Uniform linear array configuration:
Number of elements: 64
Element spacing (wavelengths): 0.75
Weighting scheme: exponential
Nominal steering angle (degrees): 60
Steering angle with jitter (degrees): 59.758
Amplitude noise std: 0.05
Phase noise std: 0.05

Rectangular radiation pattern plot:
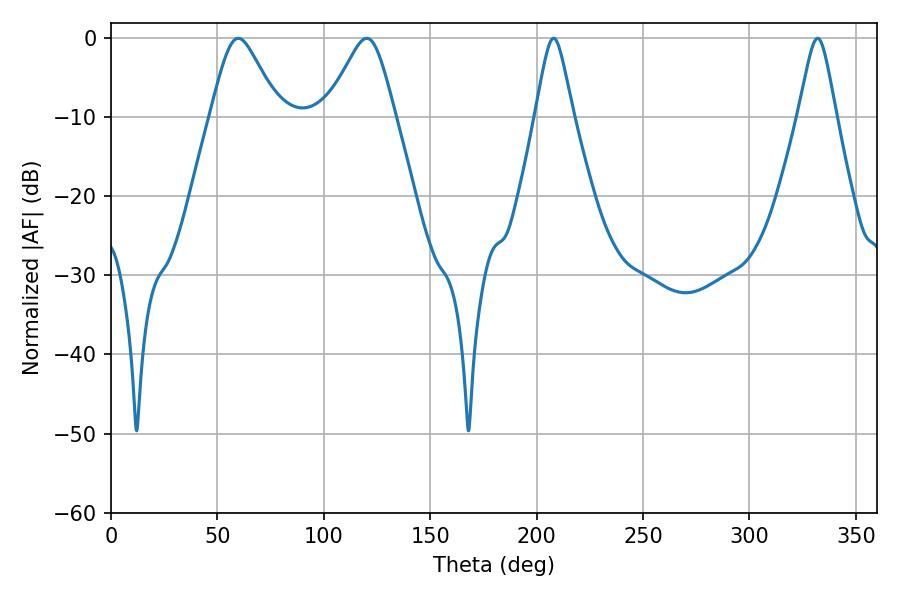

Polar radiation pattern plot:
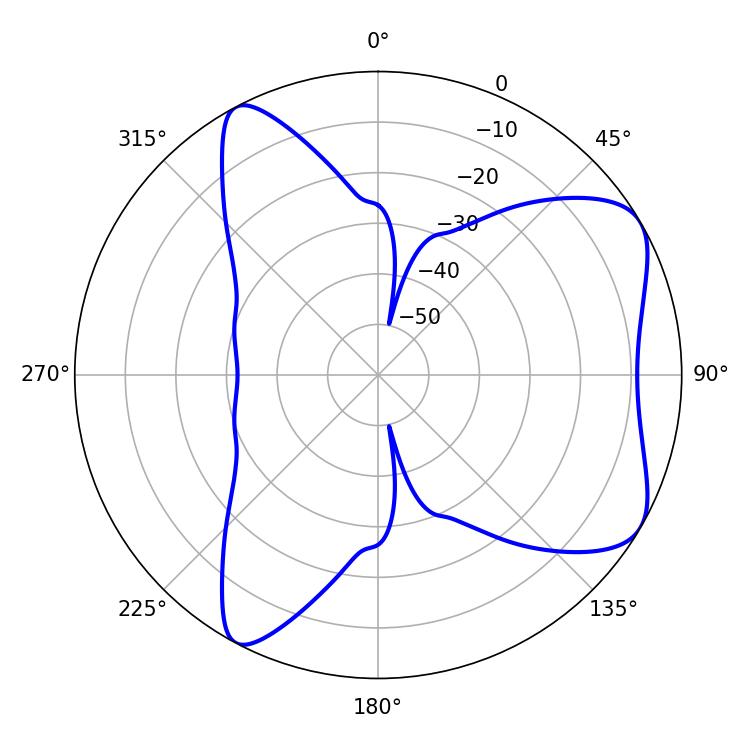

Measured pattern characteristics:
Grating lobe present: TRUE
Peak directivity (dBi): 6.682
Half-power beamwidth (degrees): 15.66
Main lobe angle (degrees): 59.76